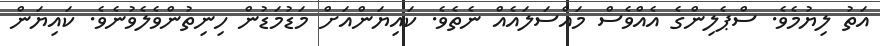
އަތު ލިޔުމެވެ. ސްޕެލިންގެ އެއްވެސް މައްސަލައެއް ނެތެވެ. ކައިޔަންއަށް މަޑުމަޑުން ހިނިތުންވެލެވުނެވެ. ކައިޔަން